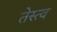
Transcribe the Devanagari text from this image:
तेस्त्व